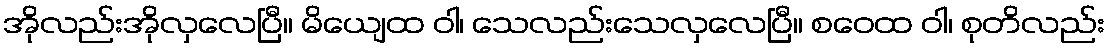
အိုလည်းအိုလှလေပြီ။ မိယျေထ ဝါ၊ သေလည်းသေလှလေပြီ။ စဝေထ ဝါ၊ စုတိလည်း